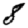
Digit: 8